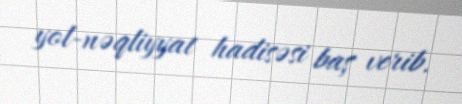
yol-nəqliyyat hadisəsi baş verib.